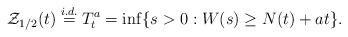
LaTeX: \begin{align*}\mathcal{Z}_{1/2}(t)\overset{i.d.}{=}T_{t}^{a}=\inf \{s>0:W(s)\geq N(t)+at\}.\end{align*}